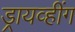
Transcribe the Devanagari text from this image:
ड्रायव्हींग